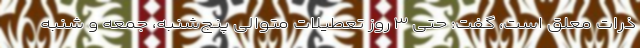
ذرات معلق است، گفت: حتی ۳ روز تعطیلات متوالی پنج‌شنبه، جمعه و شنبه